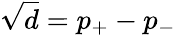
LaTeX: \sqrt{d}=p_{+}-p_{-}